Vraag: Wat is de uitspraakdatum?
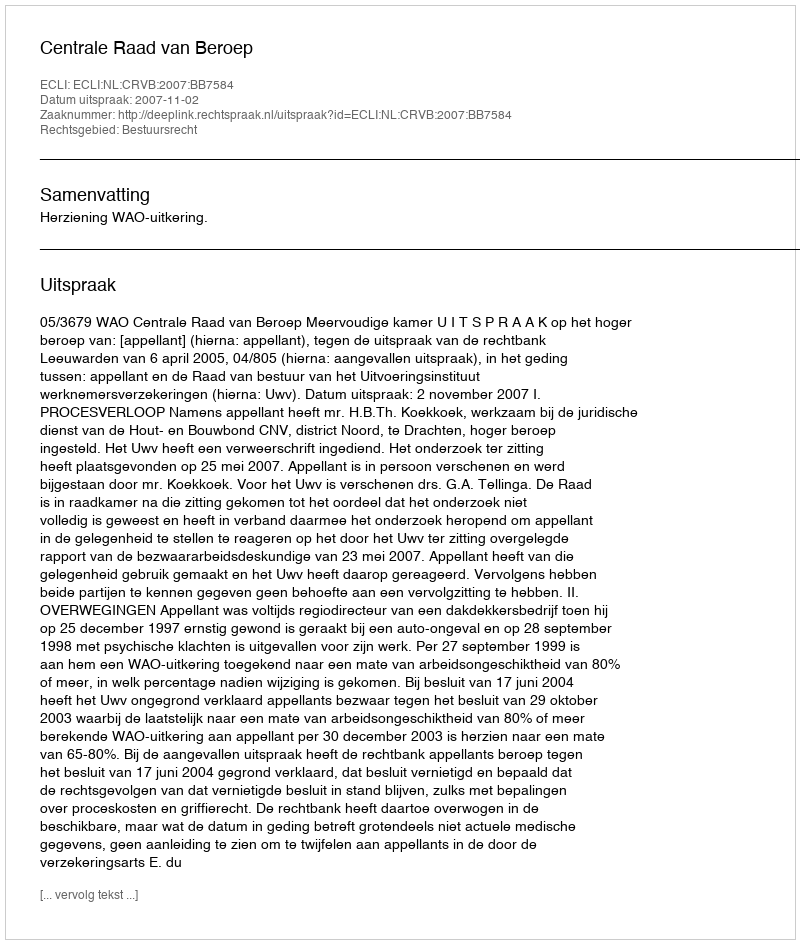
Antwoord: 2007-11-02